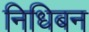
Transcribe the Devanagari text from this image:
निधिबन